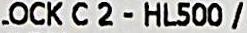
OCK C 2 - HL500 /